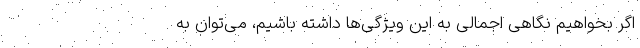
اگر بخواهیم نگاهی اجمالی به این ویژگی‌ها داشته باشیم، می‌توان به